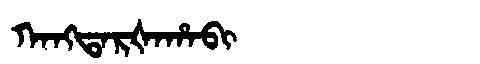
Manchu: ᡴᠠᠩᡨᠠᡵᡧᠠᡥᠠᠪᡳ
Romanization: KANGTARŠAHABI